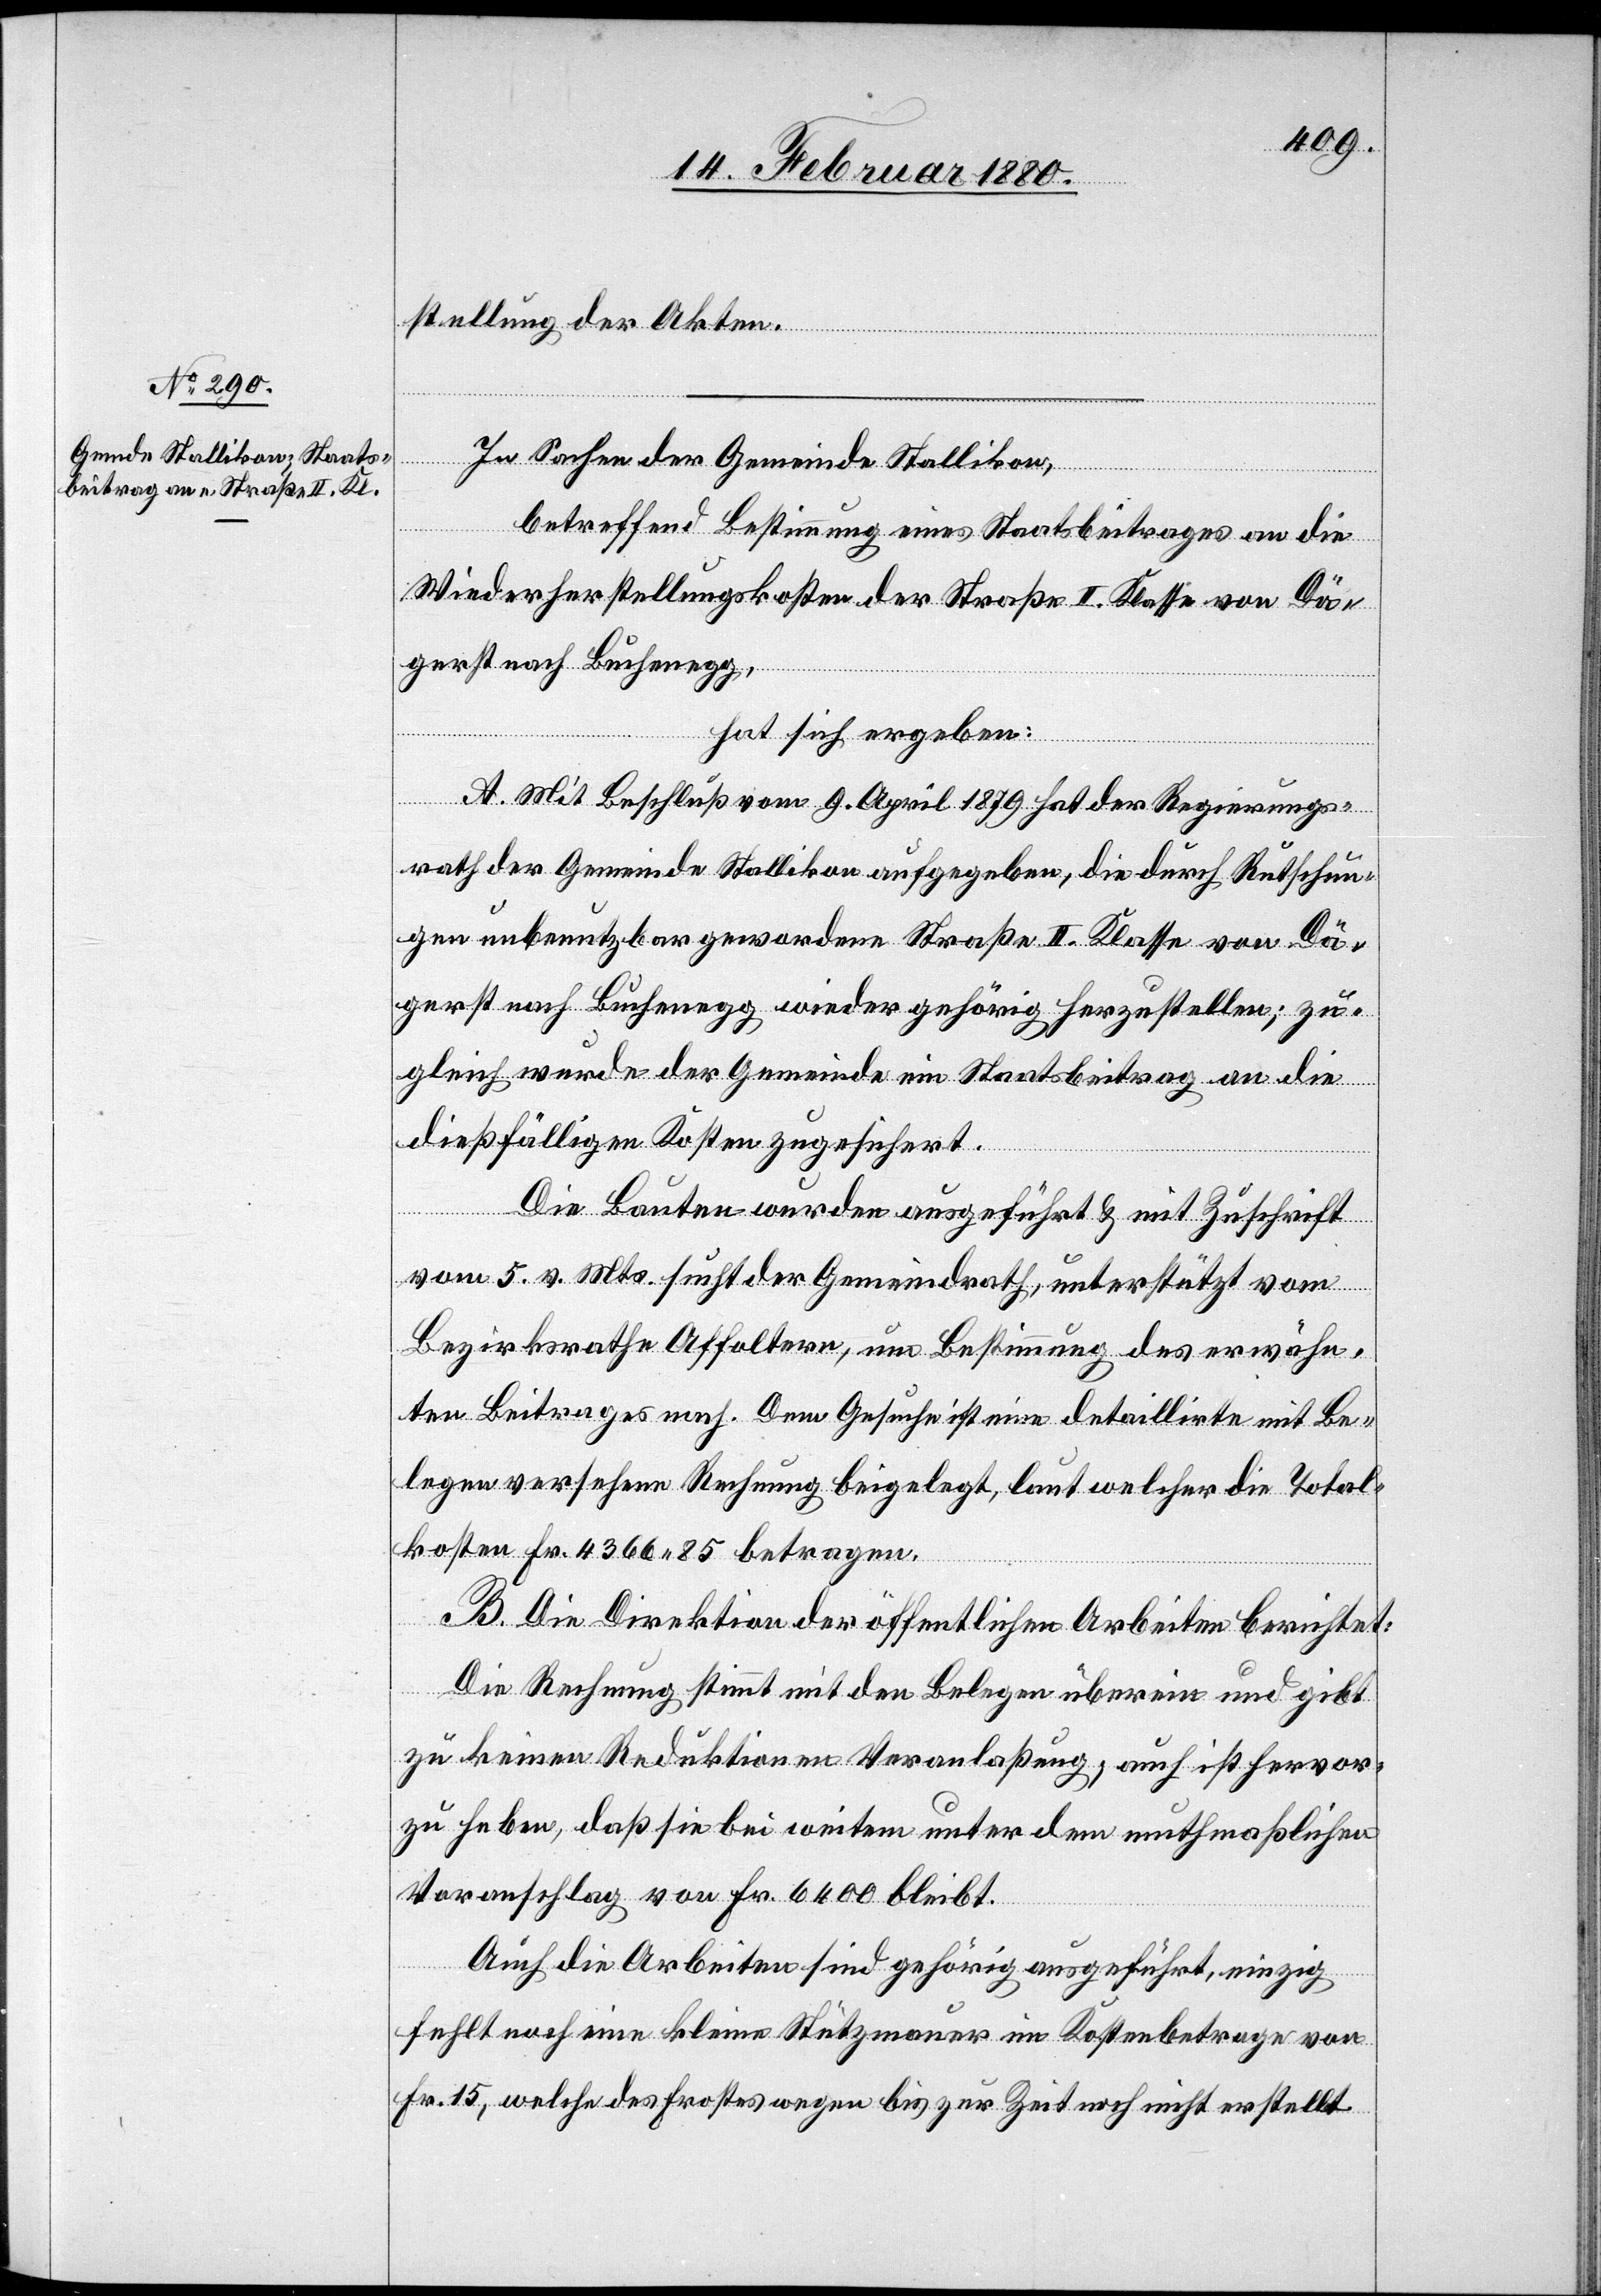
stellung der Akten.
In Sachen der Gemeinde Stallikon,
betreffend Bestimmung eines Staatsbeitrages an die
Wiederherstellungskosten der Straße II. Klasse von Dä¬
gerst nach Buchenegg,
hat sich ergeben:
A. Mit Beschluß vom 9. April 1879 hat der Regierungs¬
rath der Gemeinde Stallikon aufgegeben, die durch Rutschun¬
gen unbenutzbar gewordene Straße II. Klasse von Dä¬
gerst nach Buchenegg wieder gehörig herzustellen; zu¬
gleich wurde der Gemeinde ein Staatsbeitrag an die
dießfälligen Kosten zugesichert.
Die Bauten wurden ausgeführt & mit Zuschrift
vom 5. v. Mts. sucht der Gemeindrath, unterstützt vom
Bezirksrathe Affoltern, um Bestimmung des erwähn¬
ten Beitrages nach. Dem Gesuche ist eine detaillirte mit Be¬
legen versehene Rechnung beigelegt, laut welcher die Total¬
kosten Fr. 4366.85 betragen.
B. Die Direktion der öffentlichen Arbeiten berichtet:
Die Rechnung stimmt mit den Belegen überein und gibt
zu keinen Reduktionen Veranlaßung, auch ist hervor
zu heben, daß sie bei weitem unter dem muthmaßlichen
Voranschlag von Fr. 6400 bleibt.
Auch die Arbeiten sind gehörig ausgeführt, einzig
fehlt noch eine kleine Stützmauer im Kostenbetrage von
Fr. 15, welche des Frostes wegen bis zur Zeit noch nicht erstellt